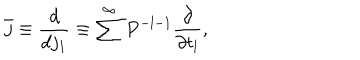
\bar { j } \equiv \frac { d } { d j _ { 1 } } \equiv \sum ^ { \infty } P ^ { - l - 1 } \frac { \partial } { \partial t _ { l } } ,